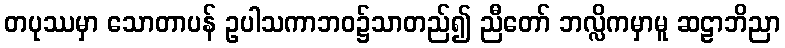
တပုဿမှာ သောတာပန် ဥပါသကာဘဝ၌သာတည်၍ ညီတော် ဘလ္လိကမှာမူ ဆဠာဘိညာ